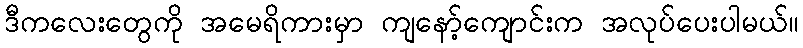
ဒီကလေးတွေကို အမေရိကားမှာ ကျနော့်ကျောင်းက အလုပ်ပေးပါမယ်။